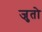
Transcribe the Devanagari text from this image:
जुतो